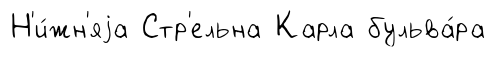
Н'и́жн'яjа Стр'ельна Карла бульва́ра